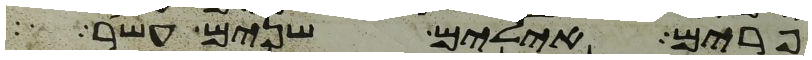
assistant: פרים אילים שנים עשר